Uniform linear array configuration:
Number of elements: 12
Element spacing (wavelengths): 1
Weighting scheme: hann
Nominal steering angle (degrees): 60
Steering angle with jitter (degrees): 58.996
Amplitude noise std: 0.05
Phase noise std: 0.05

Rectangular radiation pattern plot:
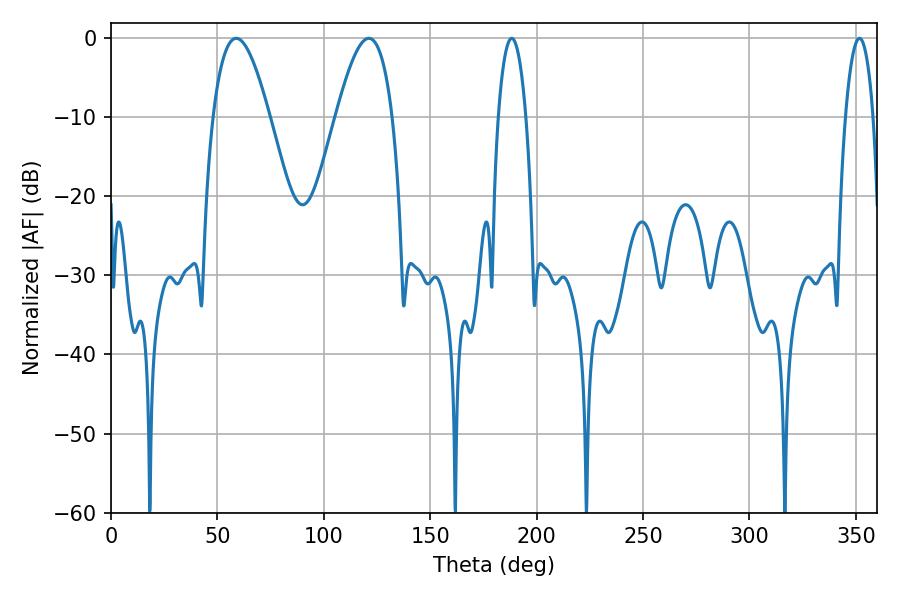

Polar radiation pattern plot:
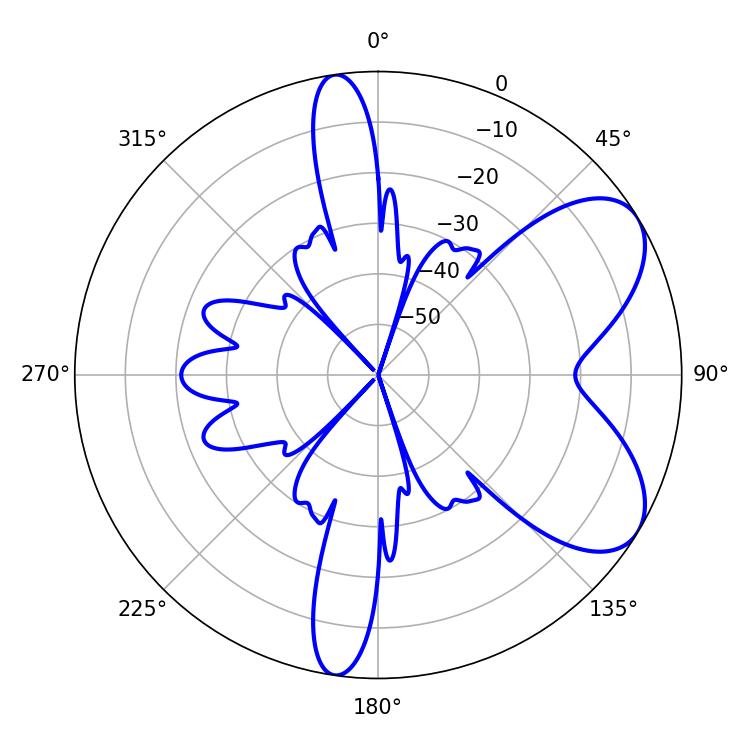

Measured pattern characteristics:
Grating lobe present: TRUE
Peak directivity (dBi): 6.662
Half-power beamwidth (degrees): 14.4
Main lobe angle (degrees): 58.86